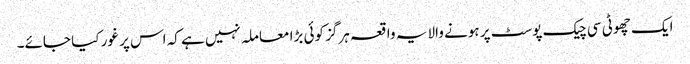
ایک چھوٹی سی چیک پوسٹ پر ہونے والا یہ واقعہ ہرگز کوئی بڑا معاملہ نہیں ہے کہ اس پر غور کیا جائے۔